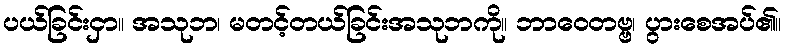
ပယ်ခြင်းငှာ။ အသုဘ၊ မတင့်တယ်ခြင်းအသုဘကို။ ဘာဝေတဗ္ဗ၊ ပွားစေအပ်၏။